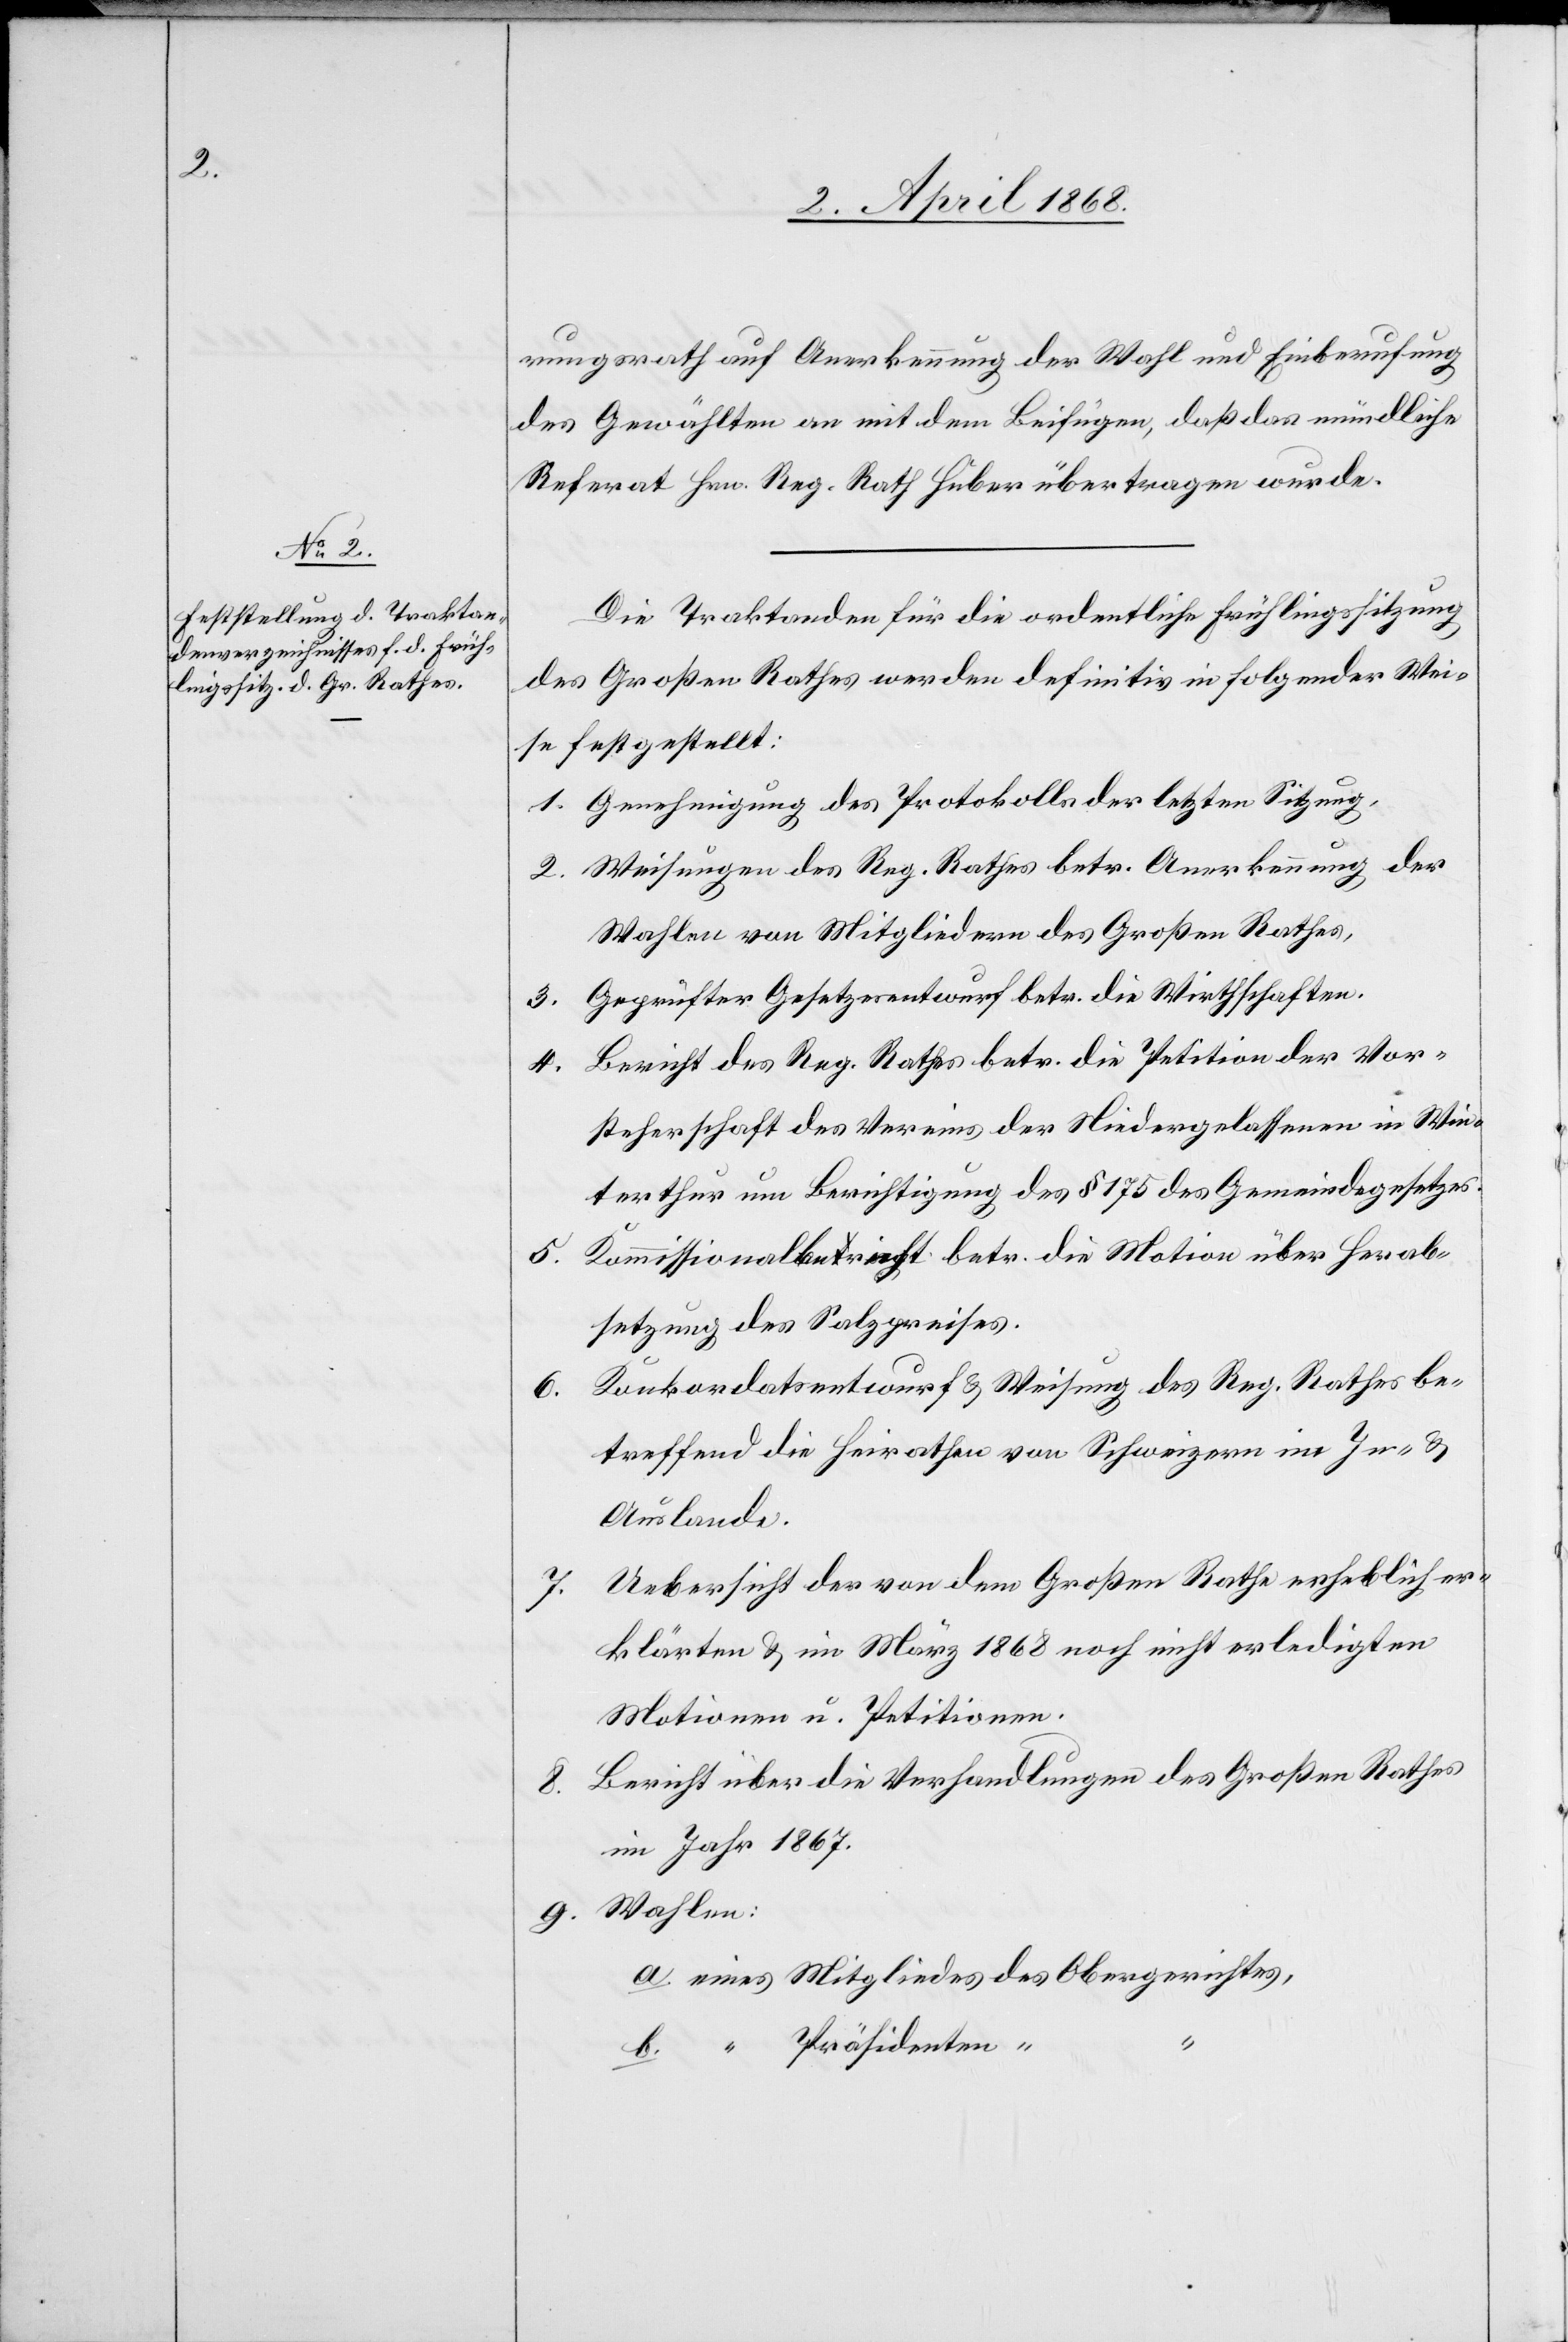
rungsrath auf Anerkennung der Wahl und Einberufung
des Gewählten an mit dem Beifügen, daß das mündliche
Referat Hrn. Reg. Rath Huber übertragen wurde.
Die Traktanden für die ordentliche Frühlingssitzung
des Großen Rathes werden definitiv in folgender Wei¬
se festgestellt:
Genehmigung des Protokolls der letzten Sitzung,
Weisungen des Reg. Rathes betr. Anerkennung der
Wahlen von Mitgliedern des Großen Rathes,
Geprüfter Gesetzesentwurf betr. die Wirthschaften.
4.
Bericht des Reg. Rathes betr. die Petition der Vor¬
steherschaft des Vereins der Niedergelassenen in Win¬
terthur um Berichtigung des § 175 des Gemeindegesetzes.
Kommissionalbericht betr. die Motion über Herab¬
5.
setzung des Salzpreises.
Konkordatsentwurf & Weisung des Reg. Rathes be¬
9.
treffend die Heirathen von Schweizern im In- &
Auslande.
Uebersicht der von dem Großen Rathe erheblich er¬
7.
klärten & im März 1868 noch nicht erledigten
Motionen u. Petitionen.
Bericht über die Verhandlungen des Großen Rathes
im Jahr 1867.
a. eines Mitgliedes des Obergerichtes,
b. “ Präsidenten “